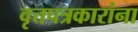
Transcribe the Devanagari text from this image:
वृत्तपत्रकारांना